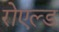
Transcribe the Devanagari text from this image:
रोएल्ड